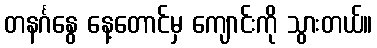
တနင်္ဂနွေ နေ့တောင်မှ ကျောင်းကို သွားတယ်။